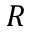
R